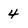
Character: 4